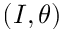
( I , \theta )